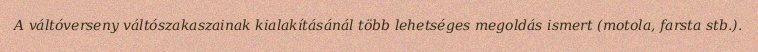
A váltóverseny váltószakaszainak kialakításánál több lehetséges megoldás ismert (motola, farsta stb.).